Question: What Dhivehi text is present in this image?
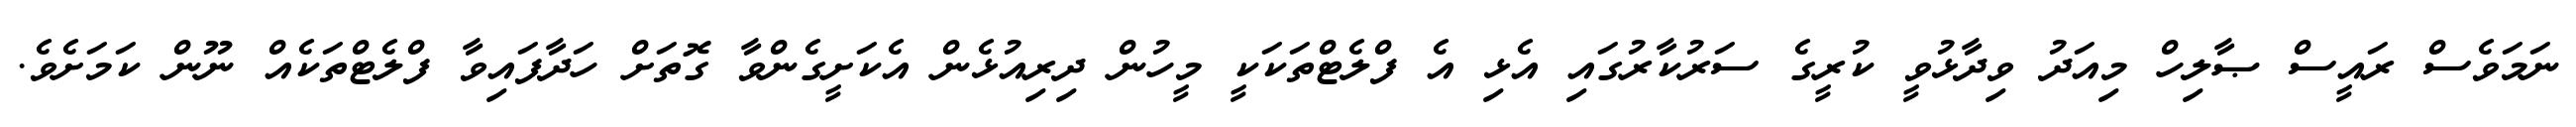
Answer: ނަމަވެސް ރައީސް ޞާލިހް މިއަދު ވިދާޅުވީ ކުރީގެ ސަރުކާރުގައި އެޅި އެ ފްލެޓްތަކަކީ މީހުން ދިރިއުޅެން އެކަށީގެންވާ ގޮތަށް ހަދާފައިވާ ފްލެޓްތަކެއް ނޫން ކަމަށެވެ.